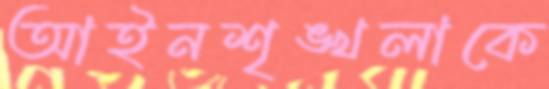
আইনশৃঙ্খলাকে